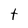
Character: t